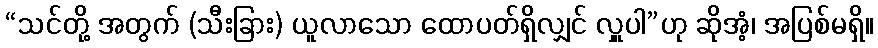
“သင်တို့ အတွက် (သီးခြား) ယူလာသော ထောပတ်ရှိလျှင် လှူပါ”ဟု ဆိုအံ့၊ အပြစ်မရှိ။